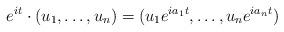
LaTeX: \begin{align*}e^{it}\cdot(u_1,\dots,u_n) = (u_1e^{ia_1t},\dots, u_ne^{ia_nt})\end{align*}